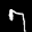
Label: 7